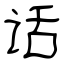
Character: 话